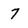
Character: 7